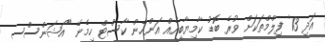
އަދި 13' ފިލްމްތަކަށް ވުރެ ބޮޑު ކާމިޔާބީއެއް އަންހެން ކާސްޓް ހިމެނޭ "އޯޝަންސްސ